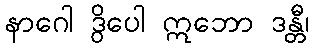
နာဂေါ ဒွိပေါ ဣဘော ဒန္တီ၊